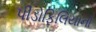
પીડોફિલિયાનો